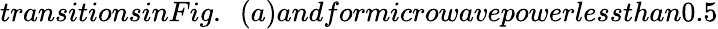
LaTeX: transitionsinFig.~~(a)andformicrowavepowerlessthan0.5